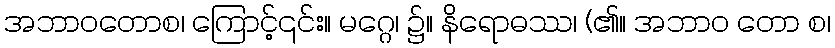
အဘာဝတောစ၊ ကြောင့်၎င်း။ မဂ္ဂေ၊ ၌။ နိရောဓဿ၊ (၏။ အဘာဝ တော စ၊